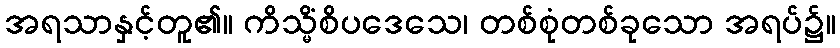
အရသာနှင့်တူ၏။ ကိသ္မိံစိပဒေသေ၊ တစ်စုံတစ်ခုသော အရပ်၌။